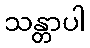
သန္တာပါ